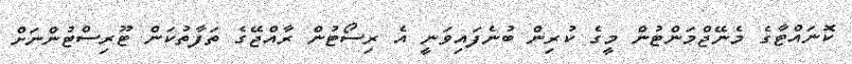
ކޮނައްޓާގެ މެނޭޖްމަންޓުން މީގެ ކުރިން ބުނެފައިވަނީ އެ ރިސޯޓުން ރާއްޖޭގެ ތަފާތުކަން ޓޫރިސްޓުންނަށް